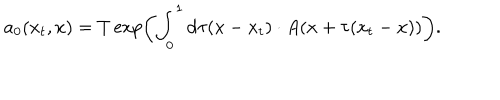
a _ { 0 } ( x _ { t } , x ) = T \exp \left( \int _ { 0 } ^ { 1 } \mathrm { d } \tau ( x - x _ { t } ) \cdot A ( x + \tau ( x _ { t } - x ) ) \right) .